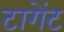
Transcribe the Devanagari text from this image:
टागेंट